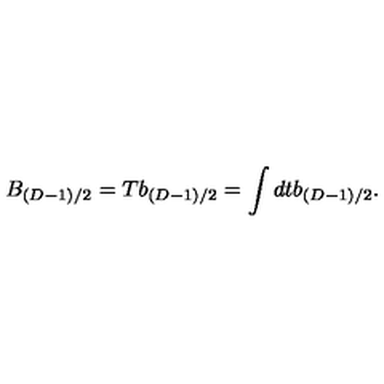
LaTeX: B _ { ( D - 1 ) / 2 } = T b _ { ( D - 1 ) / 2 } = \int d t b _ { ( D - 1 ) / 2 } .